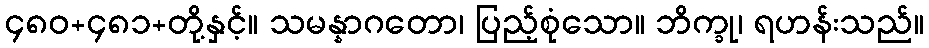
၄၈၀+၄၈၁+တို့နှင့်။ သမန္နာဂတော၊ ပြည့်စုံသော။ ဘိက္ခု၊ ရဟန်းသည်။